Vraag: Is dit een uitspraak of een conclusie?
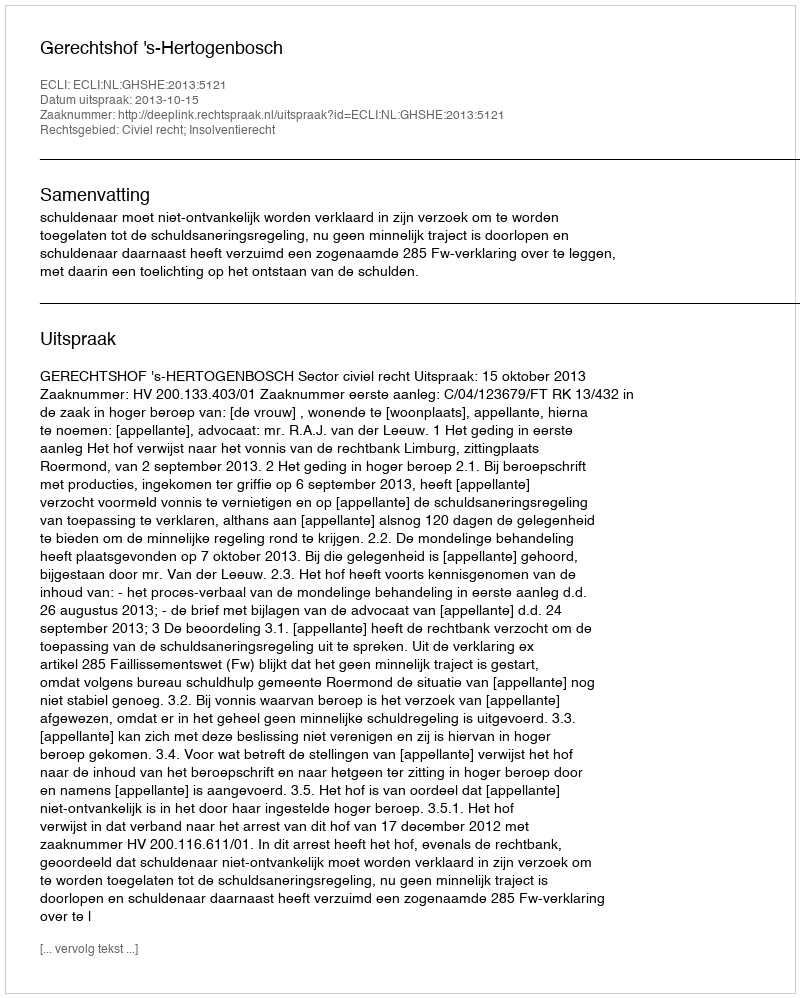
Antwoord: Uitspraak